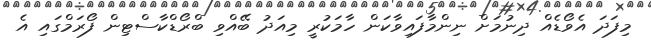
މިފަދަ އެވޯޑެއް ދިނުމަށް ނިންމާފައިވާކަން ހާމަކުރީ މިއަދު ބޭއްވި ބްރޯޑްކާސްޓިން ފޯރަމްގައި އެ